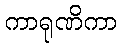
ကာရုဏိကာ